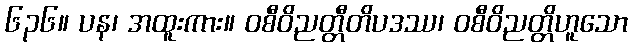
၆၃၆။ ပန၊ အထူးကား။ ဝစီဝိညတ္တီတိပဒဿ၊ ဝစီဝိညတ္တိဟူသော